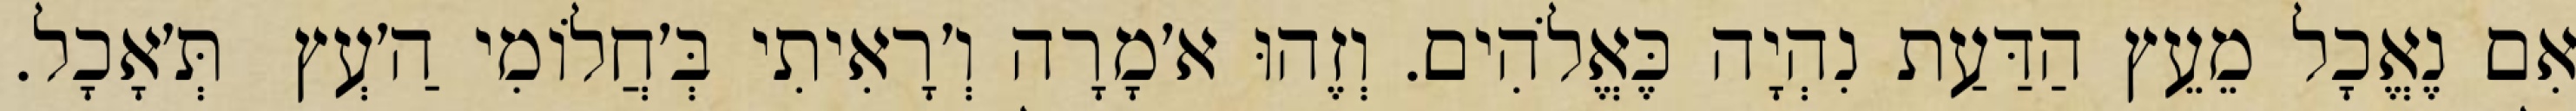
אִם נֶאֱכָל מֵעֵץ הַדַּעַת נִהְיָה כֶּאֱלֹהִים. וְזֶהוּ א׳מָרָה וְ׳רָאִיתִי בְּ׳חֲלוֹמִי הַ׳עְץ  תְּ׳אָכָל.